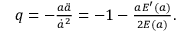
\begin{array} { r } { q = - \frac { a \ddot { a } } { \dot { a } ^ { 2 } } = - 1 - \frac { a E ^ { \prime } ( a ) } { 2 E ( a ) } . } \end{array}